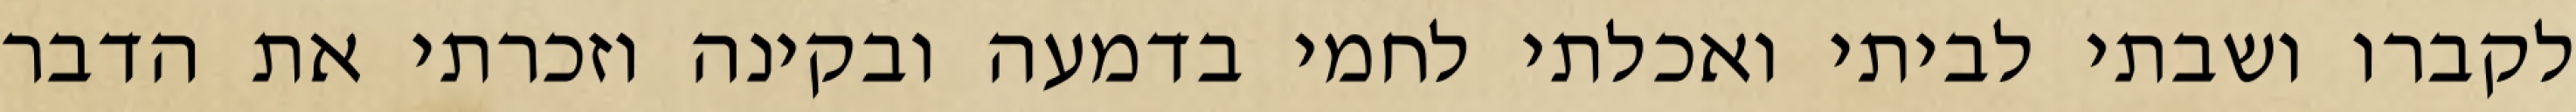
לקברו ושבתי לביתי ואכלתי לחמי בדמעה ובקינה וזכרתי את הדבר